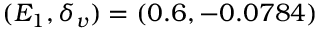
( E _ { 1 } , \delta _ { v } ) = ( 0 . 6 , - 0 . 0 7 8 4 )